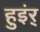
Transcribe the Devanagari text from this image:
हुइंर्